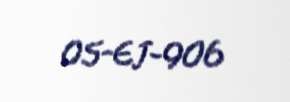
05-EJ-906